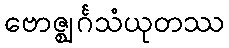
ဗောဇ္ဈင်္ဂသံယုတဿ